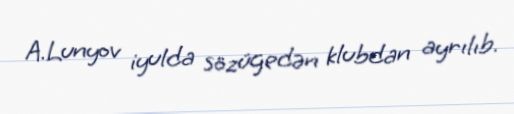
A.Lunyov iyulda sözügedən klubdan ayrılıb.